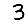
Digit: 3